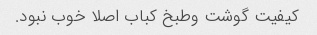
کیفیت گوشت وطبخ کباب اصلا خوب نبود.